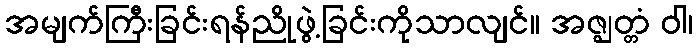
အမျက်ကြီးခြင်းရန်ညိုဖွဲ့ခြင်းကိုသာလျင်။ အဇ္ဈတ္တံ ဝါ၊